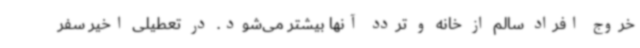
خروج افراد سالم از خانه و تردد آنها بیشتر می‌شود. در تعطیلی اخیر سفر